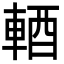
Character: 輏